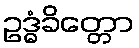
ဥဒ္ဓံခိတ္တော